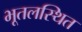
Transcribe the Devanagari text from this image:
भूतलस्थित